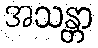
အသန္တာ